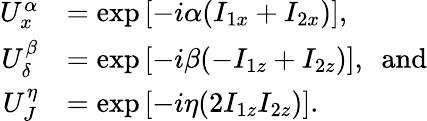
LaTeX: \begin{array}{rl}{U_{x}^{\alpha}}&{=\exp\left[-i\alpha(I_{1x}+I_{2x})\right],}\\ {U_{\delta}^{\beta}}&{=\exp\left[-i\beta(-I_{1z}+I_{2z})\right],~~\mathrm{and}}\\ {U_{J}^{\eta}}&{=\exp\left[-i\eta(2I_{1z}I_{2z})\right].}\end{array}